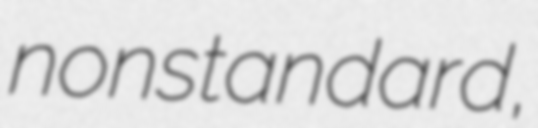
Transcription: nonstandard,